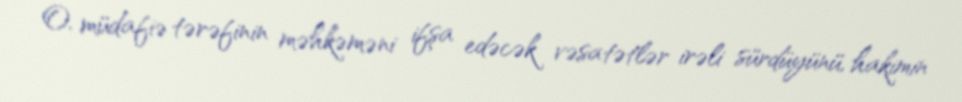
O, müdafiə tərəfinin məhkəməni ifşa edəcək vəsatətlər irəli sürdüyünü, hakimin